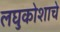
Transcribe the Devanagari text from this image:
लघुकोशाचे